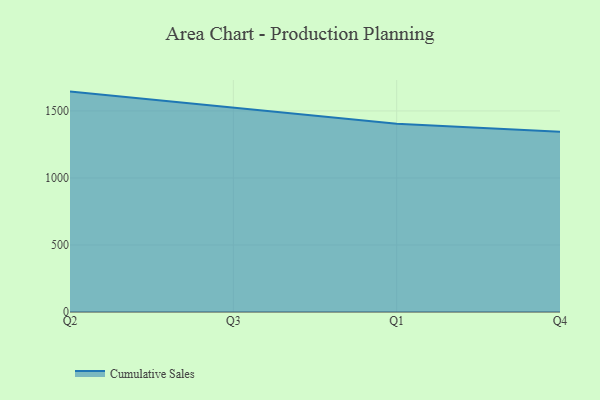
{"axis": {"x": "Quarter", "y": "Budget (USD K)"}, "legend": ["Cumulative Sales"], "data": [{"x": "Q2", "y": 1644.4, "type": "Cumulative Sales"}, {"x": "Q3", "y": 1524.8, "type": "Cumulative Sales"}, {"x": "Q1", "y": 1405.4, "type": "Cumulative Sales"}, {"x": "Q4", "y": 1344.1, "type": "Cumulative Sales"}]}